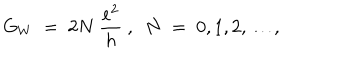
LaTeX: G _ { W } \; = \; 2 N ~ \frac { e ^ { 2 } } { h } ~ , ~ ~ N \; = \; 0 , 1 , 2 , \ldots ,